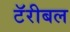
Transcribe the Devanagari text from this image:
टॅरीबल